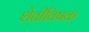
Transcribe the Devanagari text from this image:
शेतीविषक